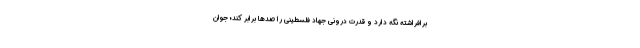
برافراشته نگه‌ دارد و قدرت درونی جهاد فلسطینی را صدها برابر کند؛ جوان